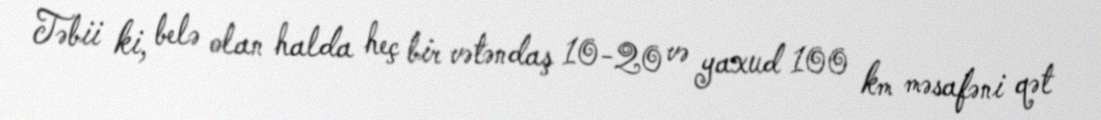
Təbii ki, belə olan halda heç bir vətəndaş 10-20 və yaxud 100 km məsafəni qət